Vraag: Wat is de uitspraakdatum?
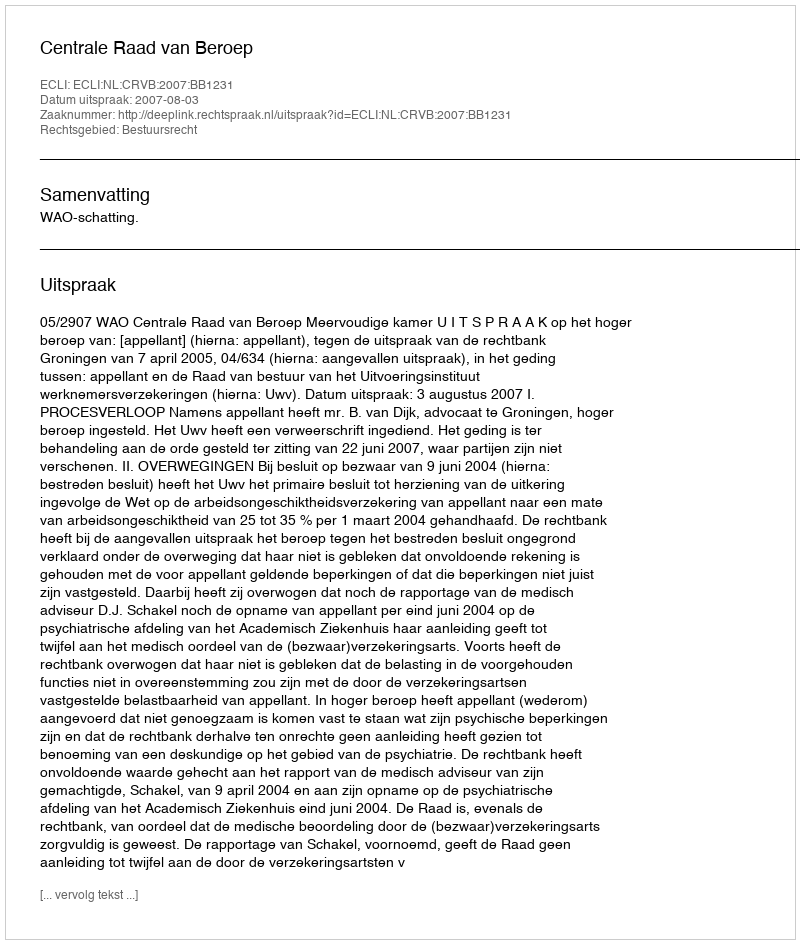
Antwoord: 2007-08-03